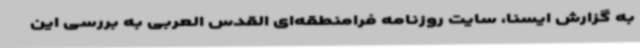
به گزارش ایسنا، سایت روزنامه فرامنطقه‌ای القدس العربی به بررسی این